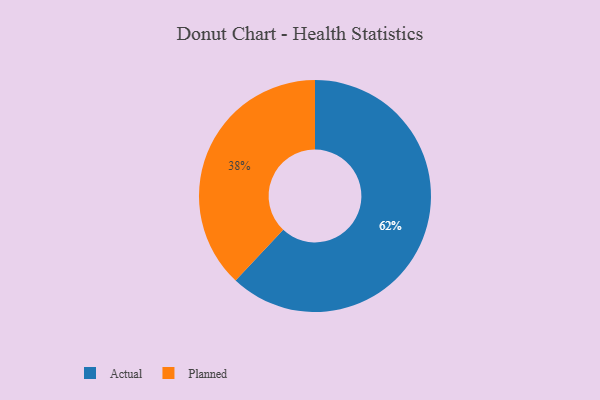
{"axis": {"x": "Category", "y": "Percentage"}, "legend": ["Actual", "Planned"], "data": [{"x": "Planned", "y": 38, "type": "Planned"}, {"x": "Actual", "y": 62, "type": "Actual"}]}